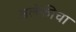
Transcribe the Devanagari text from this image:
अलेफीचा